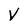
Character: V